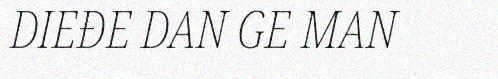
DIEĐE DAN GE MAN